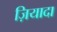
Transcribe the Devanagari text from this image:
ज़ियादा